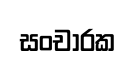
සංචාරක